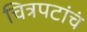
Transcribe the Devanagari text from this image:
चित्रपटांचं